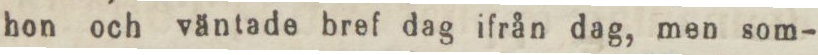
hon och väntade bref dag ifrån dag, men som-